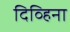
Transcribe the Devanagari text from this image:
दिव्हिना